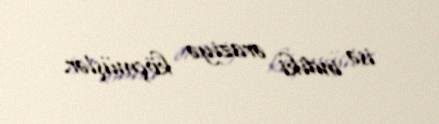
isə indiki əraziyə köçmüşlər.